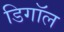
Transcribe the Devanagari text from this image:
डिगॉल